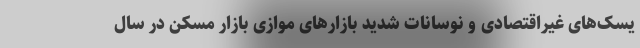
یسک‌های غیراقتصادی و نوسانات شدید بازارهای موازی بازار مسکن در سال